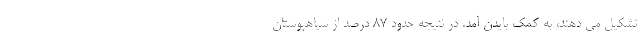
تشکیل می دهند، به کمک بایدن آمد. در نتیجه حدود 87 درصد از سیاهپوستان